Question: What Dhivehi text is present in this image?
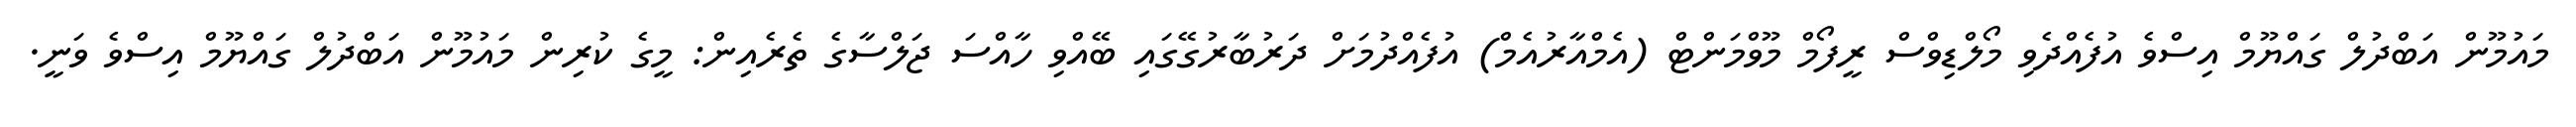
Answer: މައުމޫން އަބްދުލް ގައްޔޫމް އިސްވެ އުފެއްދެވި މޯލްޑިވްސް ރީފޯމް މޫވްމަންޓް (އެމްއާރުއެމް) އުފެއްދުމަށް ދަރުބާރުގޭގައި ބޭއްވި ހާއްސަ ޖަލްސާގެ ތެރެއިން: މީގެ ކުރިން މައުމޫން އަބްދުލް ގައްޔޫމް އިސްވެ ވަނީ.